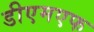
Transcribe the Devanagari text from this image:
डीएमएफ